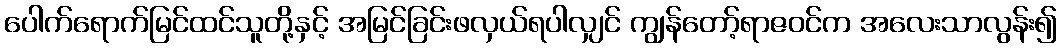
ပေါက်ရောက်မြင်ထင်သူတို့နှင့် အမြင်ခြင်းဖလှယ်ရပါလျှင် ကျွန်တော့်ရာဇဝင်က အလေးသာလွန်း၍